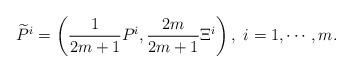
LaTeX: \begin{align*}\widetilde{P}^i=\left(\frac{1}{2m+1}P^i,\frac{2m}{2m+1}\Xi^i\right),\ i=1,\cdots,m.\end{align*}